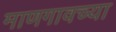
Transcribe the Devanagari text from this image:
माणगावच्या